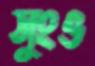
সুংও